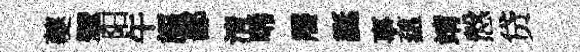
夔擘阳午謳鄙清唏饜誕事蘊靖慤贷